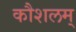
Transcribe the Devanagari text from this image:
कौशलम्‌